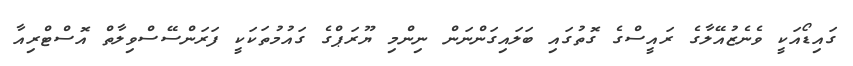
ގައިޑޯއަކީ ވެނެޒުއޭލާގެ ރައީސްގެ ގޮތުގައި ބަލައިގަންނަން ނިންމި ޔޫރަޕްގެ ގައުމުތަކަކީ ފަރަންސޭސްވިލާތް އޮސްޓްރިއާ